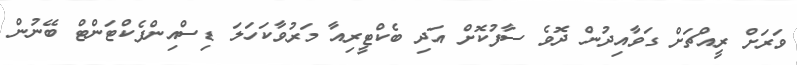
ވަރަށް ރީއްޗަށް ގަވާއިދުން ދޮވެ ސާފުކޮށް އަދި ބެކްޓީރިއާ މަރުވާކަހަލަ ޑިސްއިންފެކްޓަންޓް ބޭނުން